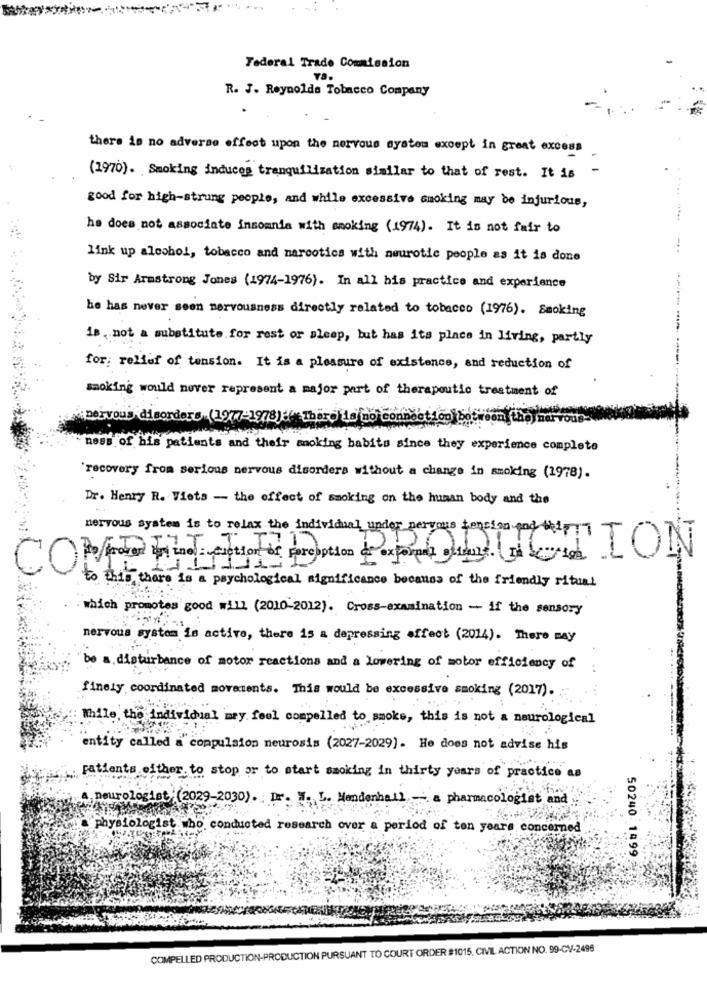
Federal Trade Commission
R. J. Reynolds Tobacco Company
there is no adverse effect upon the nervous system except in great excess
-
(1970). Smoking induces tranquilization similar to that of rest. It is
good for high-strung people, and while excessive smoking may be injurious,
he does not associate insomnia with aooking (1974). It is not fair to
link up alcohol, tobacco and narcotics with neurotic people as it is done
by Sir Armstrong Jones (1974-1976). In all his practice and experience
he has never seen nervousness directly related to tobacco (1976). Smoking
is , not a substitute for rest or sleep, but has its place in living, partly
for: relief of tension. It is a pleasure of existence, and reduction of
smoking would never represent a major part of therapeutic treatment of
-------------
pervous disorders (1977-1978) :* 1hizo La no conno
connection between
ness of his patients and their anoking babits since they experience completo
`recovery from serious nervous disorders without a change in smoking (1978).
Dr. Henry R. Vieta - the effect of smoking on the human body and the
nervous system is to relax the individual under pervous tension pod wir
COMPUTADO PRODUCTION
--
to this there is a psychological significance because of the friendly ritual
which promotes good will (2010-2012). Cross-examination - if the sensory
nervous system is active, there is a depressing effect (2014). There may
be a disturbance of motor reactions and a lowering of motor efficiency of
finely coordinated movetents. This would be excessive smoking (2017).
While the individual may feel compelled to smoke, this is not a neurological
entity called a compulsion neurosis (2027-2029]. He does not advise his
patients either. to stop or to start smoking in thirty years of practice as
urologist: (2029-2030). Dr. M. L. Mendenhall - a pharmacologist and
physiologist who conducted research over a period of ten years concerned
50240- 1499
COMPELLED PRODUCTION-PRODUCTION PURSUANT TO COURT ORDER #1015. CIVIL ACTION NO. 99-CV-2496